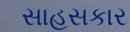
સાહસકાર